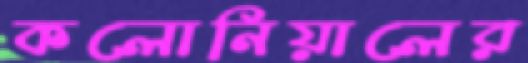
কলোনিয়ালের